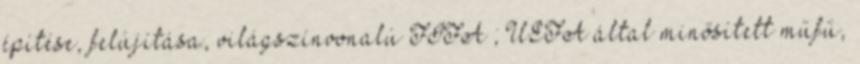
építése, felújítása, világszínvonalú FIFA ; UEFA által minősített műfű,